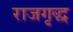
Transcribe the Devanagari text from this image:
राजगृद्ध